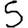
Digit: 5